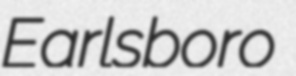
Earlsboro